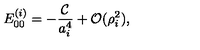
E _ { 0 0 } ^ { ( i ) } = - \frac { { \cal C } } { a _ { i } ^ { 4 } } + { \cal O } ( \rho _ { i } ^ { 2 } ) ,